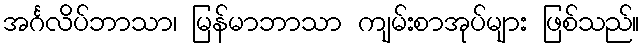
အင်္ဂလိပ်ဘာသာ၊ မြန်မာဘာသာ ကျမ်းစာအုပ်များ ဖြစ်သည်။